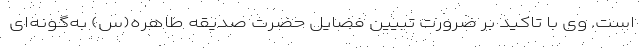
است. وی با تاکید بر ضرورت تبیین فضایل حضرت صدیقه طاهره(س) به‌گونه‌ای